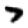
Digit: 7